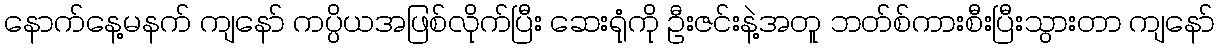
နောက်နေ့မနက် ကျနော် ကပ္ပိယအဖြစ်လိုက်ပြီး ဆေးရုံကို ဦးဇင်းနဲ့အတူ ဘတ်စ်ကားစီးပြီးသွားတာ ကျနော်